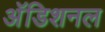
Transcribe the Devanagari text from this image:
अॅडिशनल